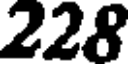
228